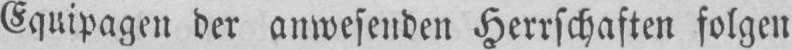
Equipagen der anwesenden Herrschaften folgen